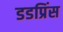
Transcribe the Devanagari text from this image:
डडप्रिंस